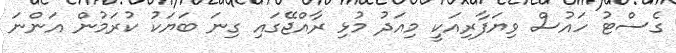
ގެސްޓު ހައުސް ވިޔަފާރިއަކީ މިއަދު މުޅި ރާއްޖޭގައި ގިނަ ބަޔަކު ކުރަމުން އަންނަ